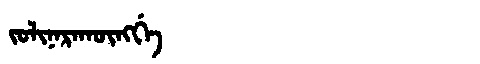
Manchu: ᠵᠣᠯᡳᠨᠠᡵᠠᡴᡡᠩᡤᡝ
Romanization: JOLINARAKŪNGGE